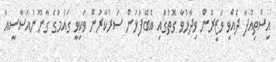
އިސްތިއުފާ ދެއްވި ވަޒީރުން ވިދާޅުވާ ގޮތުގައި އެބޭފުޅުން ސަރުކާރުން ވަކިވީ ގައުމުގެ ގާނޫނުއަސާސީއާ